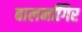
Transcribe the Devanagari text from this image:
बालनगििर